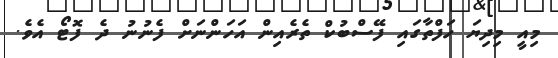
މިއީ މިދިޔަ ހަފްތާގައި ފޭސްބުކް ތެރެއިން އަހަންނަށް ފެނުނު ދެ ފޮޓޯ އެވެ.